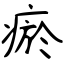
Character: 瘀